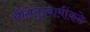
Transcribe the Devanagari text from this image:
श्रीसेतूस्वामींकडे